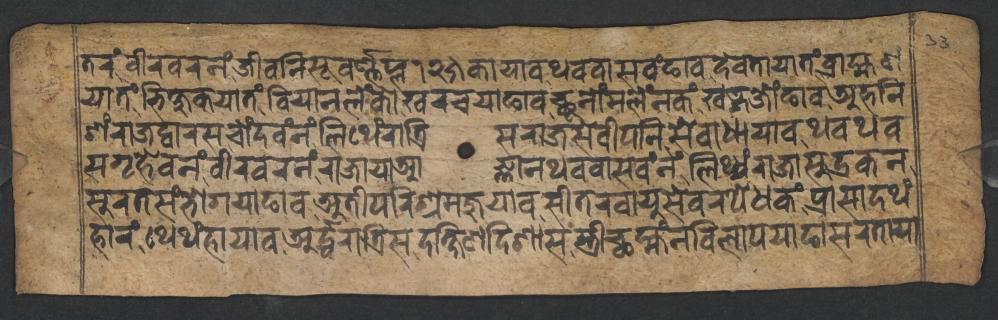
𑐟𑐬𑑄𑐰𑐷𑐬𑐰𑐬𑐣𑑄𑐖𑐷𑐰𑐣𑐶𑐳𑐹𑐰𑐬𑑂𑐞𑑂𑐞𑐥𑑂𑐮𑑑𑑒𑑕𑐎𑐵𑐫𑐵𑐰𑐠𑐰𑐰𑐵𑐳𑐰𑑄𑐒𑐵𑐰𑐡𑐾𑐰𑐟𑐵𑐫𑐵𑐟𑑄𑐧𑑂𑐬𑐵𑐴𑑂𑐩𑐞 𑐫𑐵𑐟𑑄𑐨𑐶𑐎𑑂𑐲𑐸𑐎𑐫𑐵𑐟𑑄𑐧𑐶𑐫𑐵𑐣𑐮𑐾𑑄𑐎𑑀𑐏𑐬𑐔𑐫𑐵𑐒𑐵𑐰𑐕𑐹𑐣𑑀𑑄𑐩𑐮𑐾𑑄𑐣𑐎𑑄𑐏𑐜𑑂𑐐𑐖𑑀𑑄𑐒𑐵𑐰𑐀𑐴𑐣𑐶 𑐱𑑄𑐬𑐵𑐖𑐡𑑂𑐰𑐵𑐬𑐳𑐔𑑀𑑄𑐡𑐰𑑄𑐣𑑄𑐮𑐶𑐠𑐾𑑄𑐬𑐵𑐟𑑂𑐬𑐶𑐳𑐬𑐵𑐖𑐳𑐾𑐰𑐷𑐥𑐣𑐶𑐳𑐾𑐰𑐵𑐢𑐵𑐫𑐵𑐰𑐠𑐰𑐠𑐰 𑐳𑐐𑐺𑐴𑐾𑐰𑐣𑑄𑐰𑐷𑐬𑐰𑐬𑐣𑑄𑐬𑐵𑐖𑐵𑐫𑐵𑐁𑐖𑑂𑐘𑐵𑐣𑐠𑐰𑐰𑐵𑐳𑐰𑑄𑐣𑑄𑐮𑐶𑐠𑑂𑐫𑑄𑐬𑐵𑐖𑐵𑐳𑐸𑐡𑑂𑐬𑐎𑐣 𑐳𑐸𑐬𑐟𑐳𑑄𑐨𑑀𑐐𑐫𑐵𑐒𑐵𑐰𑐀𑐟𑐷𑐥𑐬𑐶𑐱𑑂𑐬𑐩𑐖𑐸𑐫𑐵𑐰𑐳𑐷𑐟𑐬𑐰𑐵𑐫𑐸𑐳𑐾𑐰𑐬𑐥𑐾𑐢𑐎𑑄𑐥𑑂𑐬𑐵𑐳𑐵𑐡𑐠𑑄 𑐴𑐵𑐬𑑄𑐠𑐾𑐠𑑄𑐴𑐵𑐫𑐵𑐰𑐀𑐬𑑂𑐡𑑂𑐢𑐬𑐵𑐟𑑂𑐬𑐶𑐳𑐡𑐎𑑂𑐲𑐶𑐞𑐡𑐶𑐱𑐵𑐳𑐳𑑂𑐟𑑂𑐬𑐷𑐕𑐩𑑂𑐴𑑄𑐣𑐰𑐶𑐮𑐵𑐥𑐫𑐵𑐒𑐵𑐳𑐬𑐟𑐵𑐫𑐵